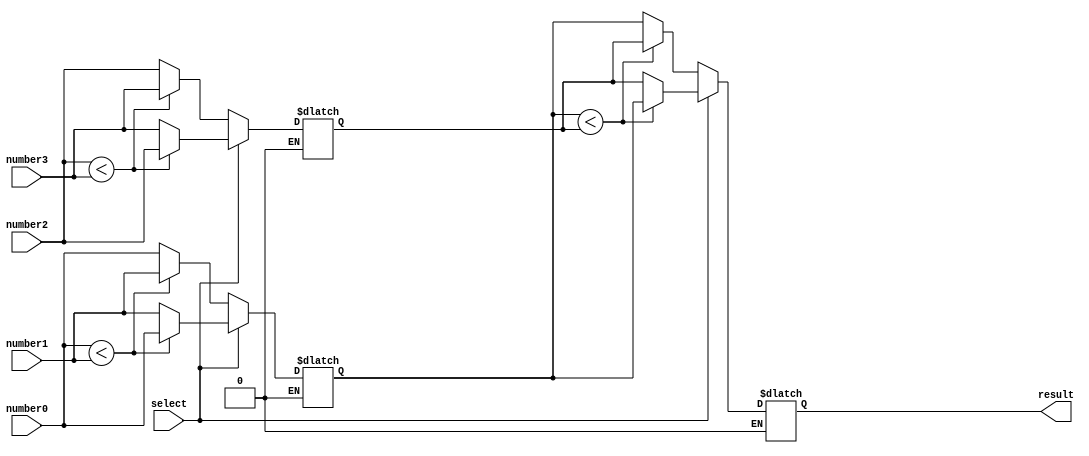
module MMS_4num(result, select, number0, number1, number2, number3);

input        select;
input  [7:0] number0;
input  [7:0] number1;
input  [7:0] number2;
input  [7:0] number3;
output reg[7:0] result; 

reg [7:0] cmp1, cmp2;

/* MUX 1 */
always @(*) begin
	if(select == 0) // get maximum value
	begin
		if(number0 < number1)	// cmp = 1
			cmp1 = number1;
		else					// cmp = 0
			cmp1 = number0;
	end
	else if (select == 1)	// get minumum value
	begin
		if(number0 < number1)	// cmp = 1
			cmp1 = number0;
		else					// cmp = 0
			cmp1 = number1;
	end
end

/* MUX 2 */
always @(*) begin
	if(select == 0)	// get maximum value
	begin
		if(number2 < number3)	// cmp = 1
			cmp2 = number3;
		else					// cmp = 0
			cmp2 = number2;
	end
	else if(select == 1)	// get minimum value
	begin
		if(number2 < number3)	// cmp = 1
			cmp2 = number2;
		else
			cmp2 = number3;
	end
end

/* MUX 3 */
always @(*) begin
	if(select == 0)	// output maximum value
	begin
		if(cmp1 < cmp2)	// cmp = 1
			result = cmp2;
		else			// cmp = 0
			result = cmp1;
	end
	else if(select == 1) // output minimum value
	begin
		if(cmp1 < cmp2)	// cmp = 1
			result = cmp1;
		else			// cmp = 0
			result = cmp2;
	end
end
endmodule